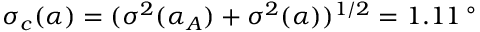
\sigma _ { c } ( \alpha ) = ( \sigma ^ { 2 } ( \alpha _ { A } ) + \sigma ^ { 2 } ( \alpha ) ) ^ { 1 / 2 } = 1 . 1 1 \, ^ { \circ }